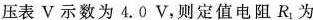
压表V示数为4.0V，则定值电阻R_{1}为